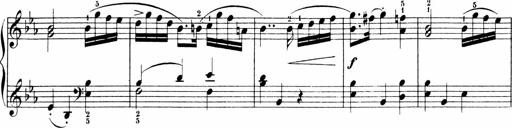
Title: Sonatinen Op.47, 98 und 136, nebst 6 Liedersonatinen
Composer: Carl Reinecke